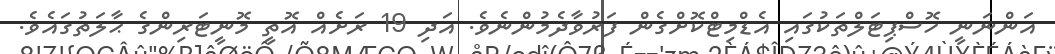
އަންނަނީ ހޮސްޕިޓަލްތަކުގައި އެޑްމިޓްކޮށްގެން ފަރުވާދެމުންނެވެ. އަދި 19 ރަށެއް އޮތީ މޮނީޓަރިންގެ ޙާލަތުގައެވެ.